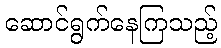
ဆောင်ရွက်နေကြသည့်